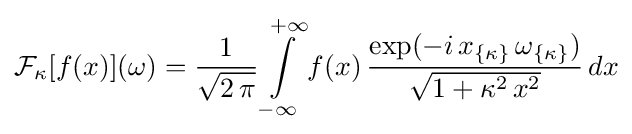
{\cal {F}}_{\kappa }[f(x)](\omega )={1 \over {\sqrt {2\,\pi }}}\int \limits _{-\infty }\limits ^{+\infty }f(x)\,{\exp(-i\,x_{\{\kappa \}}\,\omega _{\{\kappa \}}) \over {\sqrt {1+\kappa ^{2}\,x^{2}}}}\,dx